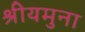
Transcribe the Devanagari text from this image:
श्रीयमुना